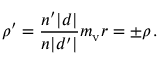
\boldsymbol \rho ^ { \prime } = { \frac { n ^ { \prime } | d | } { n | d ^ { \prime } | } } m _ { \mathrm { v } } \boldsymbol r = \pm \boldsymbol \rho \, .